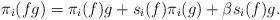
LaTeX: \begin{align*}\pi_i(fg) = \pi_i(f)g + s_i(f)\pi_i(g) + \beta s_i(f)g.\end{align*}